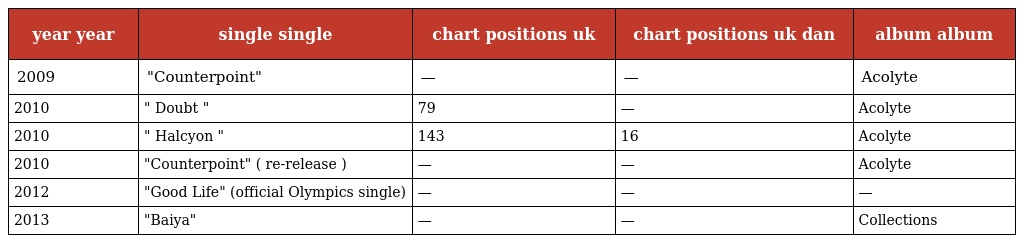
| year year | single single | chart positions uk | chart positions uk dan | album album |
 | --- | --- | --- | --- | --- |
 | 2009 | "Counterpoint" | — | — | Acolyte |
 | 2010 | " Doubt " | 79 | — | Acolyte |
 | 2010 | " Halcyon " | 143 | 16 | Acolyte |
 | 2010 | "Counterpoint" ( re-release ) | — | — | Acolyte |
 | 2012 | "Good Life" (official Olympics single) | — | — | — |
 | 2013 | "Baiya" | — | — | Collections |